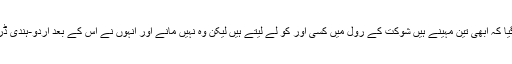
اس لیے ان کو سمجھایا گیا کہ ابھی تین مہینے ہیں شوکت کے رول میں کسی اور کو لے لیتے ہیں لیکن وہ نہیں مانے اور انہوں نے اس کے بعد اردو-ہندی ڈرامہ کھیلنا ہی بند کر دیا۔